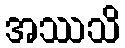
အဿသိ